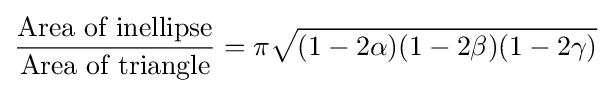
{\frac {\text{Area of inellipse}}{\text{Area of triangle}}}=\pi {\sqrt {(1-2\alpha )(1-2\beta )(1-2\gamma )}}